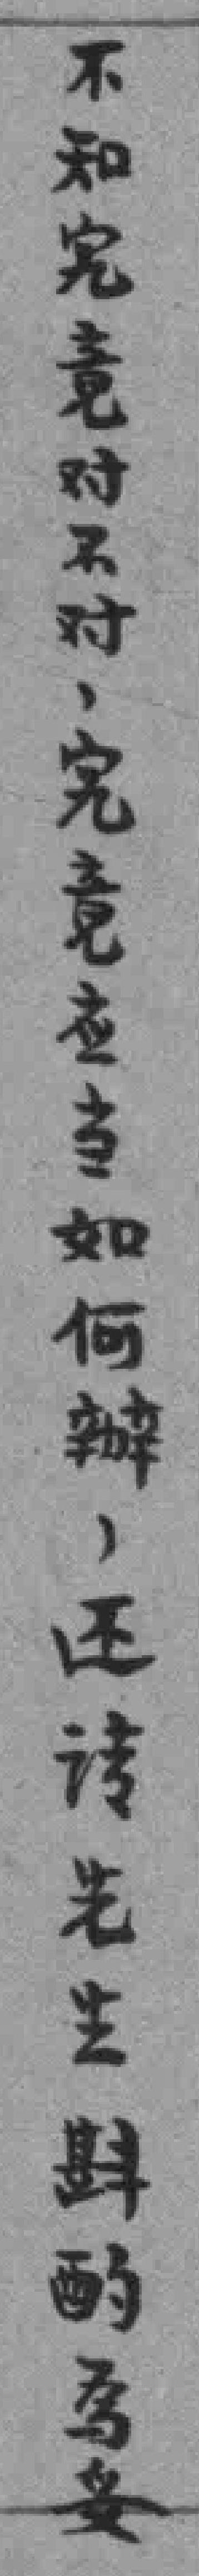
不知究竟对不对，究意应当如何辦，还请先生斟酌為妥